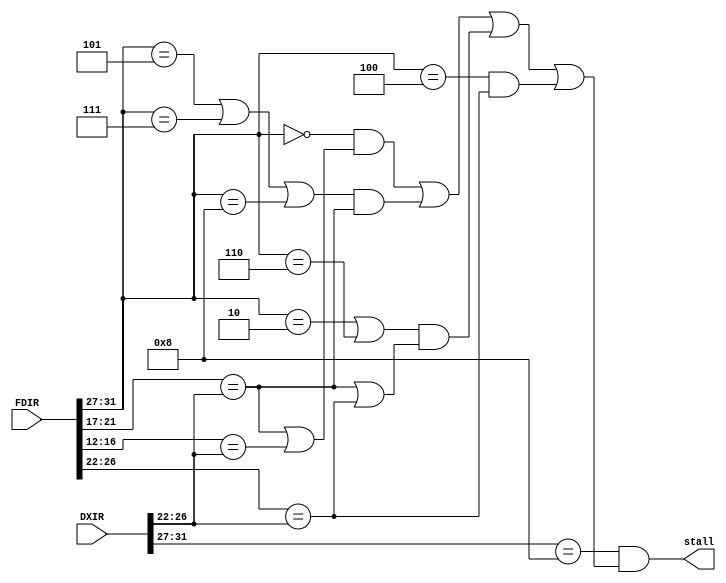
module stallControl(FDIR, DXIR, stall);

input [31:0] FDIR, DXIR; 
output stall; 

wire [4:0] DXOP, FDOP, FDRD, FDRS, FDRT, DXRD;

assign FDOP = FDIR[31:27];
assign DXOP = DXIR[31:27]; 
assign DXRD = DXIR[26:22]; 

assign FDRD = FDIR[26:22];
assign FDRS = FDIR[21:17];
assign FDRT = FDIR[16:12];

wire aluOpCase, storeLoadCase, branchCondCase, jrCase;

assign aluOpCase = (FDOP == 0) && ((FDRS == DXRD) || (FDRT == DXRD));
assign storeLoadCase = (FDOP == 5 || FDOP == 7 || FDOP == 8) && (FDRS == DXRD);
assign branchCondCase = (FDOP == 2 || FDOP == 6) && ((FDRS == DXRD) || (FDRD == DXRD));
assign jrCase = (FDOP == 4) && (FDRD == DXRD); 

assign stall = (DXOP == 8) && (aluOpCase || storeLoadCase || branchCondCase || jrCase);



endmodule